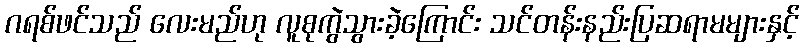
ဂရစ်ဖင်သည် လေးမည်ဟု လူစုကွဲသွားခဲ့ကြောင်း သင်တန်းနည်းပြဆရာမများနှင့်